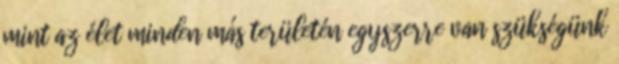
mint az élet minden más területén egyszerre van szükségünk